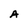
Character: A